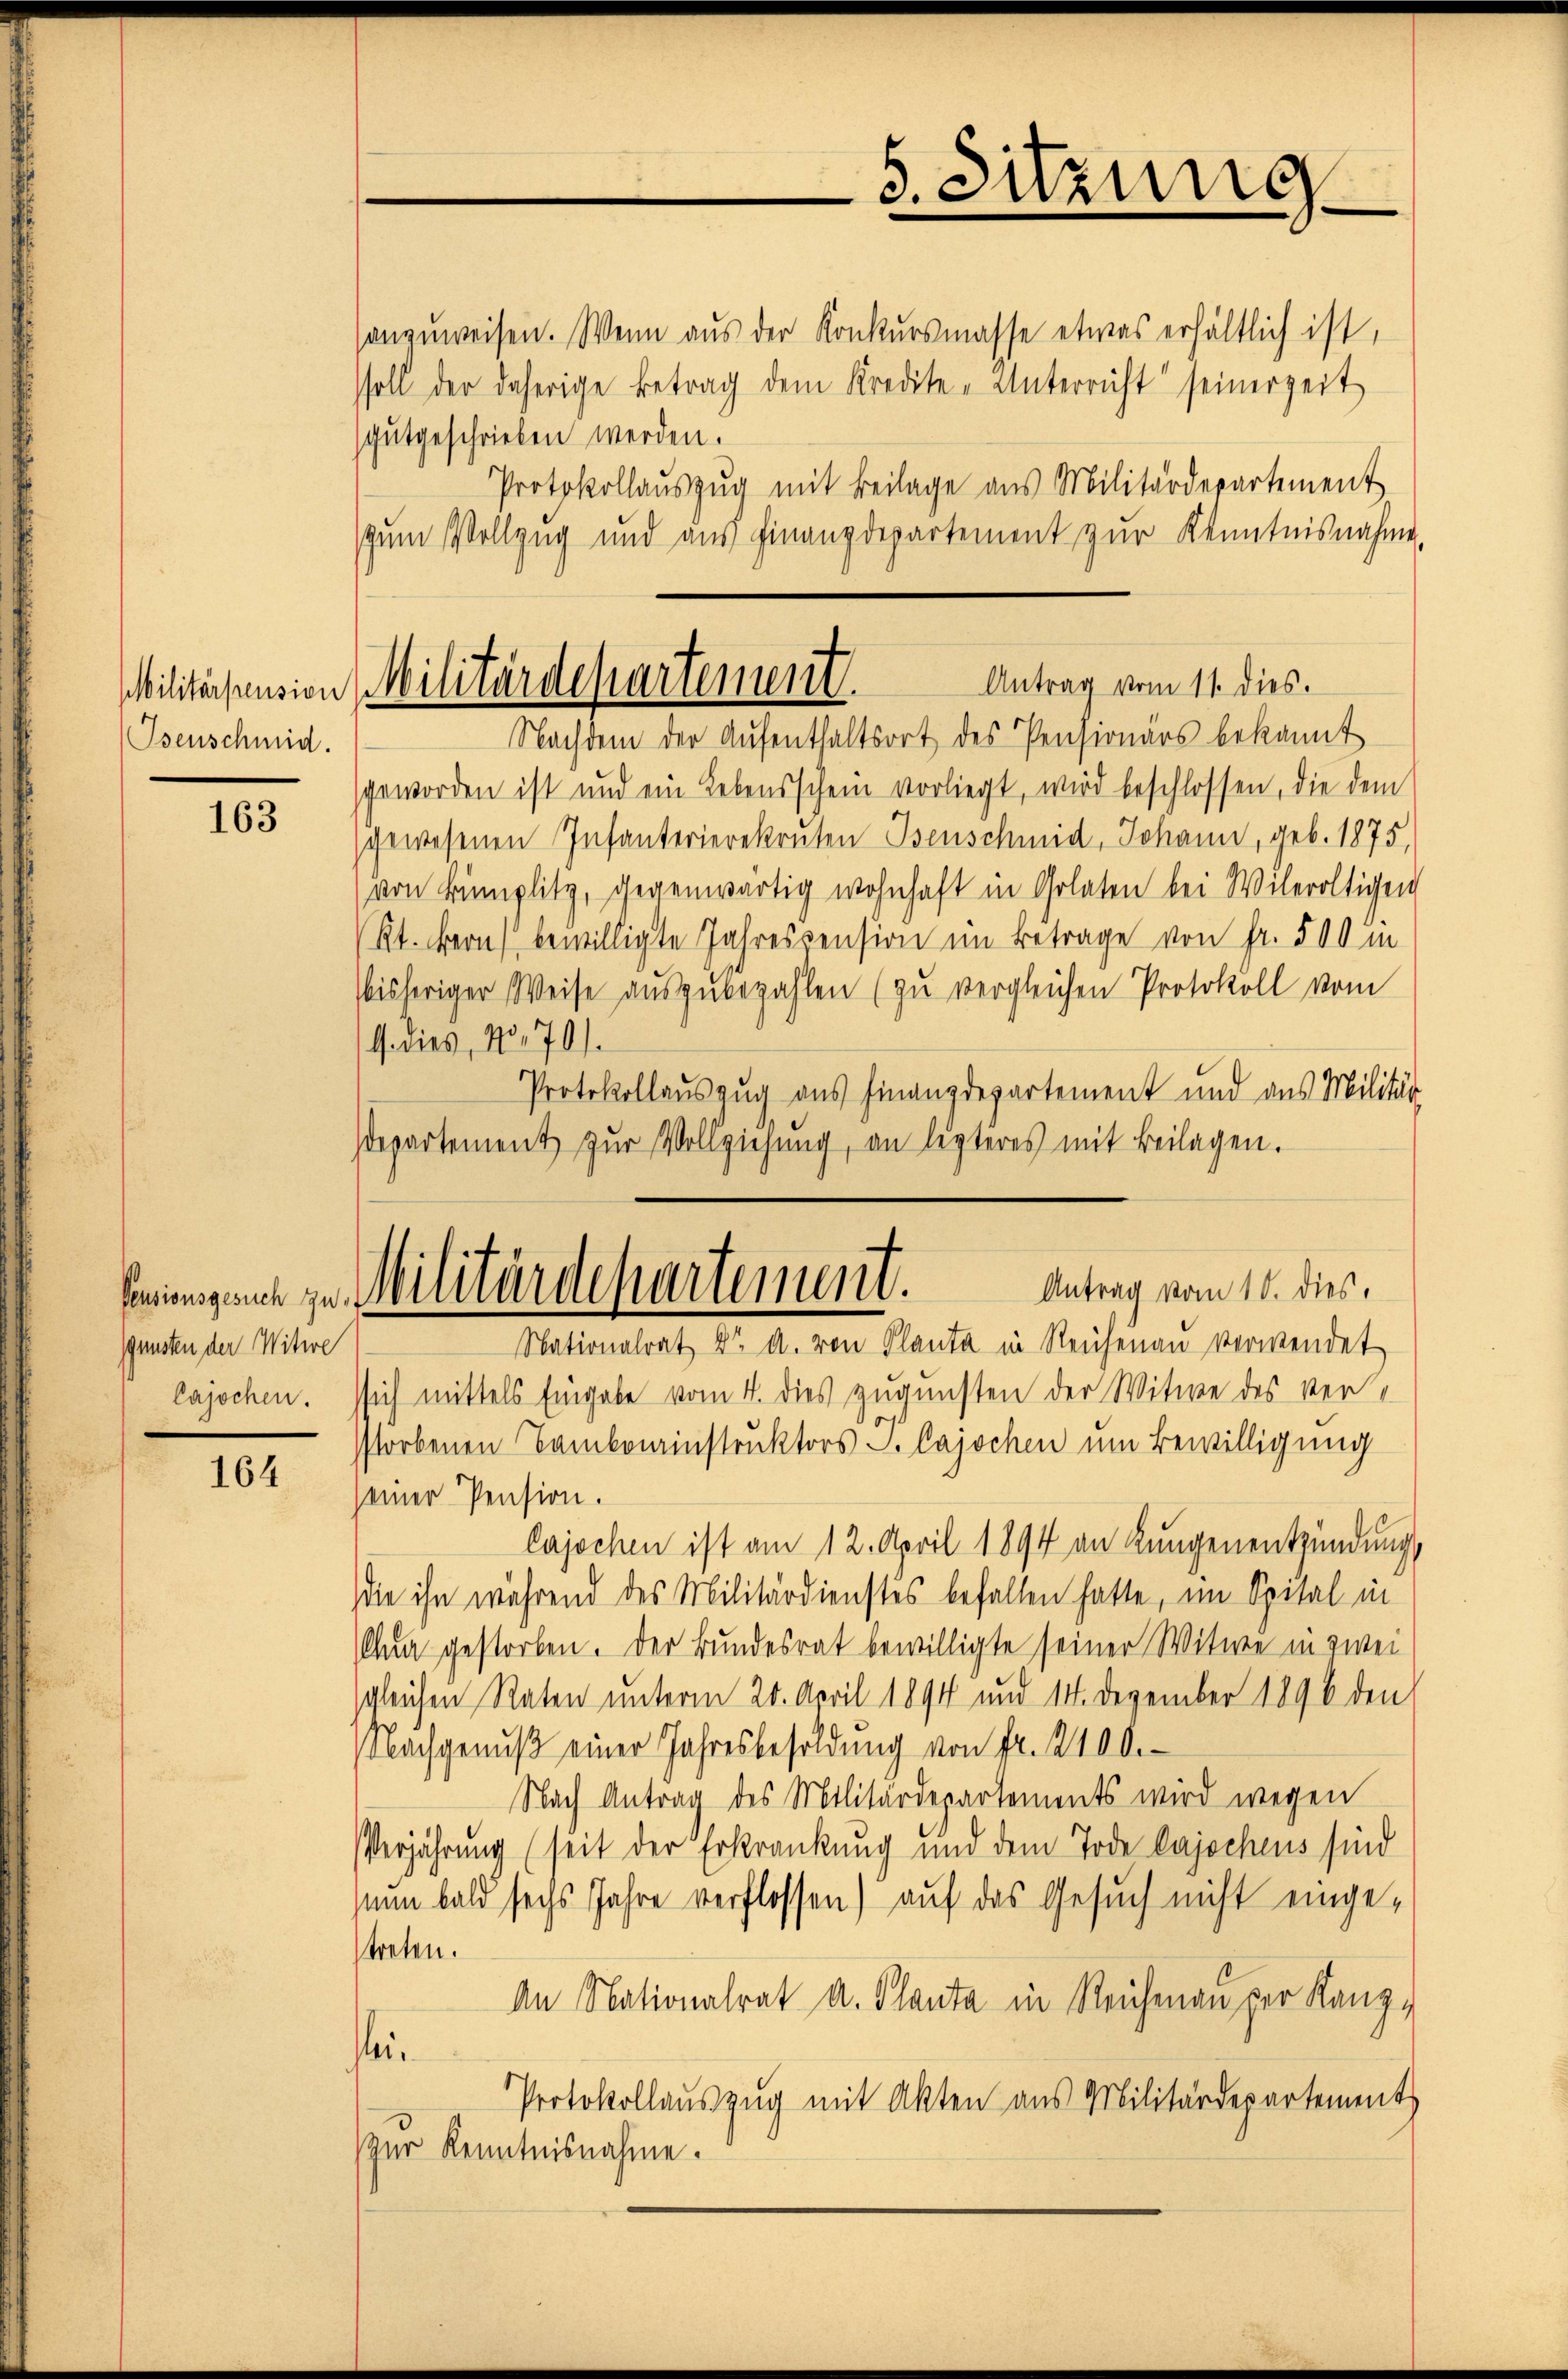
Militärpension
Isenschmid.

163

sansten der Witwe
Cajochen.

164

anzuweisen. Wenn aus der Konkursmasse etwas erhältlich ist,
soll der daherige Betrag dem Kredite-Unterricht seinerzeit
sgutgeschrieben werden.
Protokollaŭszŭg mit Beilage aus Militärdepartement
zum Vollzug und aus Finanzdepartement zur Kenntnisnahme.
Nachdem der Aufenthaltsort des Pensionärs bekannt
geworden ist und ein Lebensschein vorliegt, wird beschlossen, die dem
gewesenen Infanterierekruten Isenschmid, Johann, geb. 1875,
von kumplitz, gegenwärtig wohnhaft in Golaten bei Wileroltigen
Kt. Bern bewilligte Jahrespension im Betrage von fr. 500 i
bisheriger Weise aŭszŭbezahlen (zu vergleichen Protokoll vom
Gnes, No. 701.
Protokollauszug aus Finanzdepartement und aus Militär-
departement zŭr Vollziehung, an lezteres mit Beilagen.

ssich mittels Eingabe vom 4. dies zugunsten der Witwe des ver-
storbenen Bambaminstruktors L. Cajochen um Bewilligung
seiner Pension.
lajochen ist am 12. April 1894 an Kŭngenentzündung,
die ihn während des Militärdienstes befallen hatte, im Spital in
Chur gestorben. Der Bundesrat bewilligte seiner Witwe in zwei
sgleichen Raten unterm 20. April 1894 und 14. Dezember 1896 den
Nachgenŭβ einer Jahresbesoldŭng von fr. 2400.
Nach Antrag des Militärdepartements wird wegen
Verjährung (seit der Erkrankung und dem Tode Cajochens sind
nun bald sechs Jahre verflossen) auf das Gesuch nicht eingetreten.
An Nationalrat a. Planta in Reichenau per Rang-
lei¬
Protokollauszug mit Akten aus Militärdepartement
zur Kenntnisnahme.

5. Sitzung

Antrag vom 11. dies.
Militärdepartement.

Antrag vom 10. dies,
Eningen zu Militärdepartement.
Nationalrat Dr A. von Planta in Reichenau verwendet